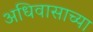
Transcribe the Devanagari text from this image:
अधिवासाच्या